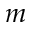
m